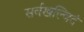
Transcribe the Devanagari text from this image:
सर्वखल्विदं